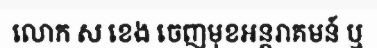
លោក ស ខេង ចេញមុខអន្តរាគមន៍ ឬ